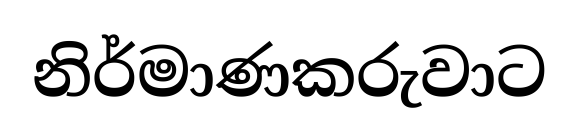
නිර්මාණකරුවාට